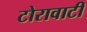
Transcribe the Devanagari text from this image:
टोरावाटी